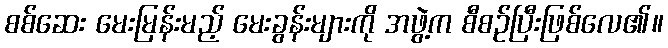
စစ်ဆေး မေးမြန်းမည့် မေးခွန်းများကို အဖွဲ့က စီစဉ်ပြီးဖြစ်လေ၏။